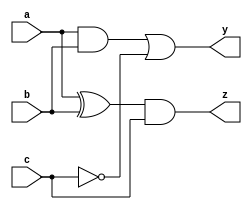
module combinational_circuit (
    input wire a,
    input wire b,
    input wire c,
    output reg y,
    output reg z
);

// Task definition to encapsulate the behavior of the circuit
task compute_outputs;
    input wire a;
    input wire b;
    input wire c;
    begin
        // Combinational logic using blocking assignments
        y = (a & b) | (~c); // Example logic for output y
        z = (a ^ b) & c;    // Example logic for output z
    end
endtask

// Always block to trigger on changes to inputs
always @ (a or b or c) begin
    // Call the task to compute outputs
    compute_outputs(a, b, c);
end

// Optional: Initialize outputs (not strictly necessary for combinational logic)
initial begin
    y = 1'b0; // Initialize output y
    z = 1'b0; // Initialize output z
end

endmodule